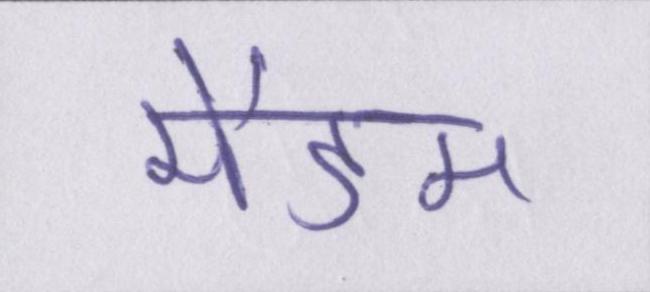
मैडम